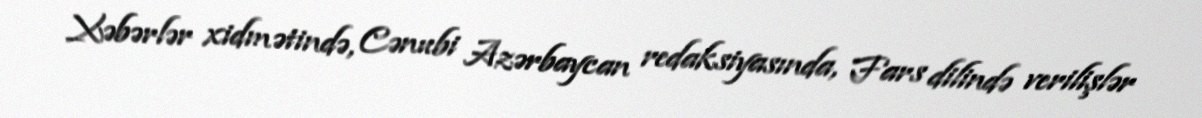
Xəbərlər xidmətində, Cənubi Azərbaycan redaksiyasında, Fars dilində verilişlər